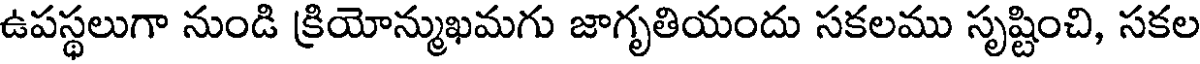
ఉపస్థలుగా నుండి క్రియోన్ముఖమగు జాగృతియందు సకలము సృష్టించి, సకల